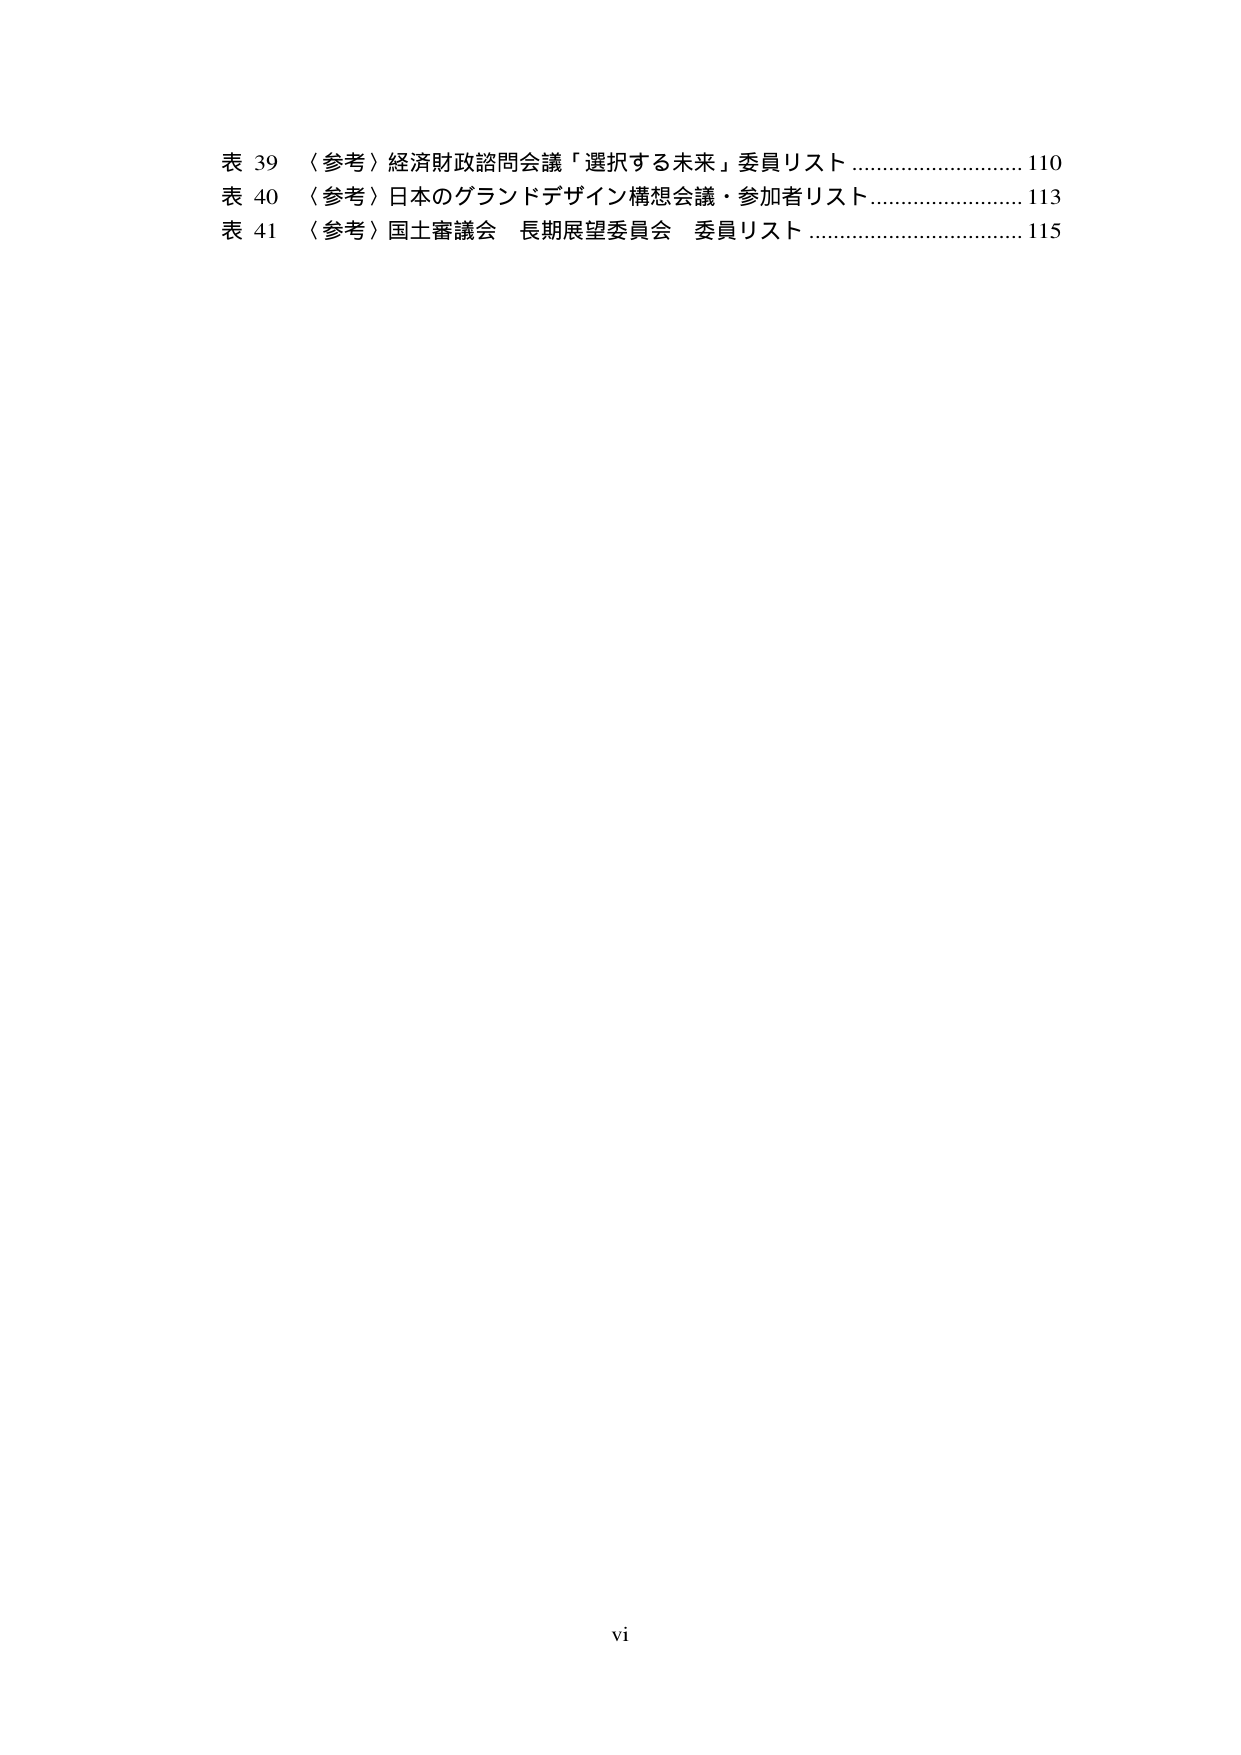
表 39 〈参考〉経済財政諮問会議「選択する未来」委員リスト ……………………… 110
表 40 〈参考〉日本のグランドデザイン構想会議・参加者リスト …………………… 113
表 41 〈参考〉国土審議会 長期展望委員会 委員リスト ………………………… 115

vi